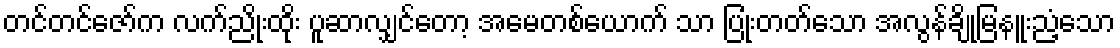
တင်တင်ဇော်က လက်ညိုးထိုး ပူဆာလျှင်တော့ အမေတစ်ယောက် သာ ပြုံးတတ်သော အလွန်ချိုမြနူးညံ့သော